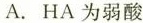
A.HA为弱酸